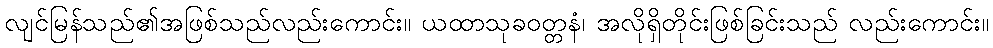
လျင်မြန်သည်၏အဖြစ်သည်လည်းကောင်း။ ယထာသုခဝတ္တနံ၊ အလိုရှိတိုင်းဖြစ်ခြင်းသည် လည်းကောင်း။